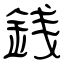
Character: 銭